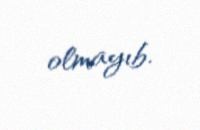
olmayıb.